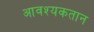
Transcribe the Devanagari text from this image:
आवश्यकतान